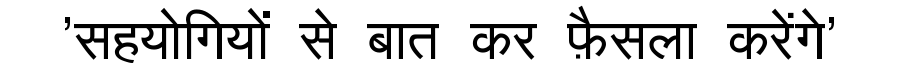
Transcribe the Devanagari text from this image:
'सहयोगियों से बात कर फ़ैसला करेंगे'